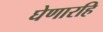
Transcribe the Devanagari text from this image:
घेणारहि